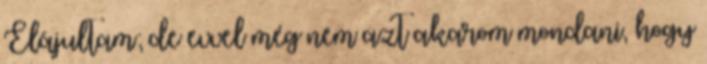
Elájultam; de evvel még nem azt akarom mondani, hogy